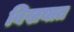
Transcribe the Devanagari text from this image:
बिखयात